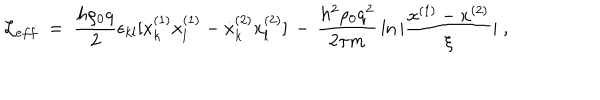
{ \mathcal L } _ { e f f } \; = \; \frac { h \rho _ { 0 } q } { 2 } \epsilon _ { k l } [ \dot { x } _ { k } ^ { ( 1 ) } x _ { l } ^ { ( 1 ) } - \dot { x } _ { k } ^ { ( 2 ) } x _ { l } ^ { ( 2 ) } ] \, - \, \frac { h ^ { 2 } \rho _ { 0 } q ^ { 2 } } { 2 \pi m } \, \ln | \frac { x ^ { ( 1 ) } - x ^ { ( 2 ) } } { \xi } | \; ,